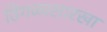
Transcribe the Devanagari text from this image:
ठिगळासारखा